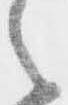
之